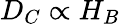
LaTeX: D_{C}\propto H_{B}